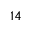
_ Ḋ 1 4 Ḍ